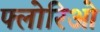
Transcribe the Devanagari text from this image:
फ्लोरिओ